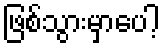
ဖြစ်သွားမှာပေါ့